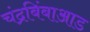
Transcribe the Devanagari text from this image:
चंद्रबिंबाआड